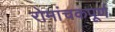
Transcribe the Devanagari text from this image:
रोमांचकपूर्ण